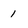
Character: 1